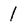
Character: 1